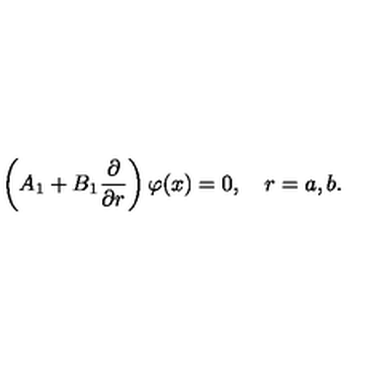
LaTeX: \left( A _ { 1 } + B _ { 1 } \frac { \partial } { \partial r } \right) \varphi ( x ) = 0 , \quad r = a , b .